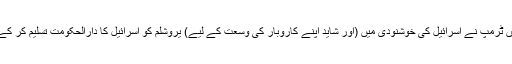
لیکن اتنا ہی کافی نہیں ہے حالیہ بیان میں ٹرمپ نے اسرائیل کی خوشنودی میں (اور شاید اپنے کاروبار کی وسعت کے لیے) یروشلم کو اسرائیل کا دارالحکومت تسلیم کر کے رہی سہی کسر بھی پوری کر دی ہے۔